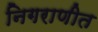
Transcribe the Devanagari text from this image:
निगराणीत